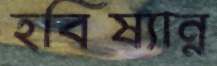
হবিষ্যান্ন